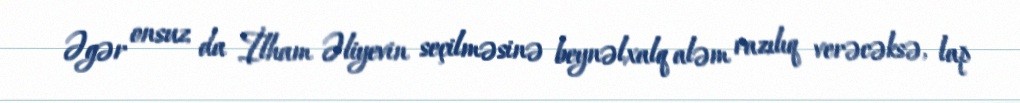
Əgər onsuz da İlham Əliyevin seçilməsinə beynəlxalq aləm razılıq verəcəksə, lap